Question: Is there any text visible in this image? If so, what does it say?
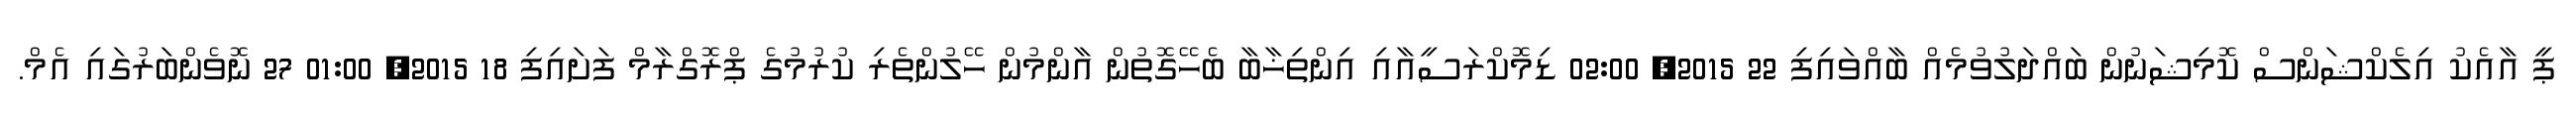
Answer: ޕީ އާއެކު އިލެކްޝަންސް ކޮމިޝަނުން ބައްދަލުވުމެއް ބާއްވައިފި 22 2015, 02:00 ޑިމޮކްރަސީއާއި އިންތިޚާބާ ބެހޭގޮތުން އާންމުން ހޭލުންތެރި ކުރުމުގެ ޕްރޮގްރާމް ފަށައިފި 18 2015, 01:00 27 ނޮވެންބަރުގައި އެމް.